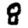
Digit: 8